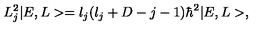
L _ { j } ^ { 2 } | E , L > = l _ { j } ( l _ { j } + D - j - 1 ) \hbar ^ { 2 } | E , L > ,